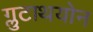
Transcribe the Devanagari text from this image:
ग्लुटाथयोन